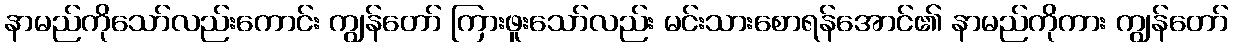
နာမည်ကိုသော်လည်းကောင်း ကျွန်တော် ကြားဖူးသော်လည်း မင်းသားစောရန်အောင်၏ နာမည်ကိုကား ကျွန်တော်